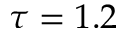
\tau = 1 . 2